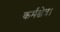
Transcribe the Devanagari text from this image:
कर्मक्षेत्र।